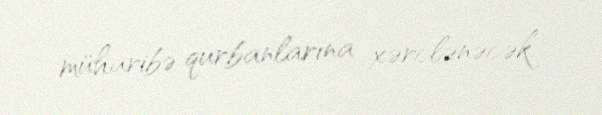
müharibə qurbanlarına xərclənəcək.